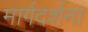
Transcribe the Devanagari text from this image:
मार्गदर्शना